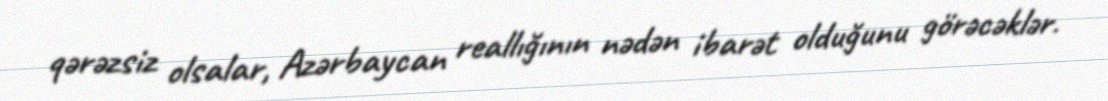
qərəzsiz olsalar, Azərbaycan reallığının nədən ibarət olduğunu görəcəklər.